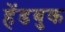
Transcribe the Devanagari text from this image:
हेंडबुक